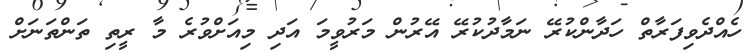
ހެއްދެވިފަރާތް ހަދާންކުރޭ ނަމާދުކުރޭ އޭރުން މަރުވީމަ އަދި މިއަށްވުރެ މާ ރީތި ތަންތަނަށް